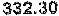
332.30